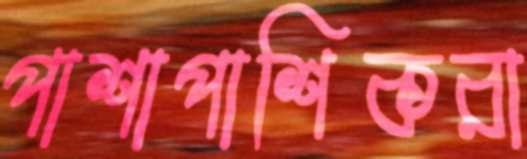
পাশাপাশিকরা